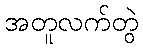
အတူလက်တွဲ